Indian journal of veterinary science and animal husbandry - Volumes 24-25, 1954-1955
Year: 1954
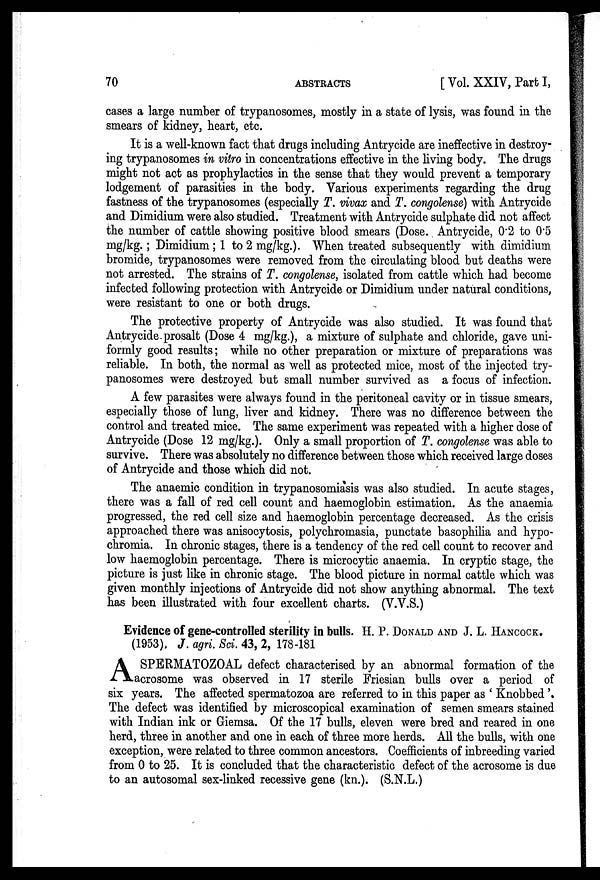
70
ABSTRACTS
[Vol. XXIV, Part I,
cases a large number of trypanosomes, mostly in a state of lysis, was found in the
smears of kidney, heart, etc.
It is a well-known fact that drugs including Antrycide are ineffective in destroy-
ing trypanosomes in vitro in concentrations effective in the living body. The drugs
might not act as prophylactics in the sense that they would prevent a temporary
lodgement of parasities in the body. Various experiments regarding the drug
fastness of the trypanosomes (especially T. vivax and T. congolense) with Antrycide
and Dimidium were also studied. Treatment with Antrycide sulphate did not affect
the number of cattle showing positive blood smears (Dose. Antrycide, 0.2 to 0.5
mg/kg.; Dimidium ; 1 to 2 mg/kg.). When treated subsequently with dimidium
bromide, trypanosomes were removed from the circulating blood but deaths were
not arrested. The strains of T. congolense, isolated from cattle which had become
infected following protection with Antrycide or Dimidium under natural conditions,
were resistant to one or both drugs.
The protective property of Antrycide was also studied. It was found that
Antrycide prosalt (Dose 4 mg/kg.), a mixture of sulphate and chloride, gave uni-
formly good results; while no other preparation or mixture of preparations was
reliable. In both, the normal as well as protected mice, most of the injected try-
panosomes were destroyed but small number survived as a focus of infection.
A few parasites were always found in the peritoneal cavity or in tissue smears,
especially those of lung, liver and kidney. There was no difference between the
control and treated mice. The same experiment was repeated with a higher dose of
Antrycide (Dose 12 mg/kg.). Only a small proportion of T. congolense was able to
survive. There was absolutely no difference between those which received large doses
of Antrycide and those which did not.
The anaemic condition in trypanosomiasis was also studied. In acute stages,
there was a fall of red cell count and haemoglobin estimation. As the anaemia
progressed, the red cell size and haemoglobin percentage decreased. As the crisis
approached there was anisocytosis, polychromasia, punctate basophilia and hypo-
chromia. In chronic stages, there is a tendency of the red cell count to recover and
low haemoglobin percentage. There is microcytic anaemia. In cryptic stage, the
picture is just like in chronic stage. The blood picture in normal cattle which was
given monthly injections of Antrycide did not show anything abnormal. The text
has been illustrated with four excellent charts. (V.V.S.)
Evidence of gene-controlled sterility in bulls. H. P. DONALD AND J. L. HANCOCK.
(1953), J. agri. Sci. 43, 2, 178-181
A SPERMATOZOAL defect characterised by an abnormal formation of the
acrosome was observed in 17 sterile Friesian bulls over a period of
six years. The affected spermatozoa are referred to in this paper as 'Knobbed'.
The defect was identified by microscopical examination of semen smears stained
with Indian ink or Giemsa. Of the 17 bulls, eleven were bred and reared in one
herd, three in another and one in each of three more herds. All the bulls, with one
exception, were related to three common ancestors. Coefficients of inbreeding varied
from 0 to 25. It is concluded that the characteristic defect of the acrosome is due
to an autosomal sex-linked recessive gene (kn.). (S.N.L.)